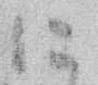
に